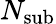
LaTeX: N_{\mathrm{sub}}